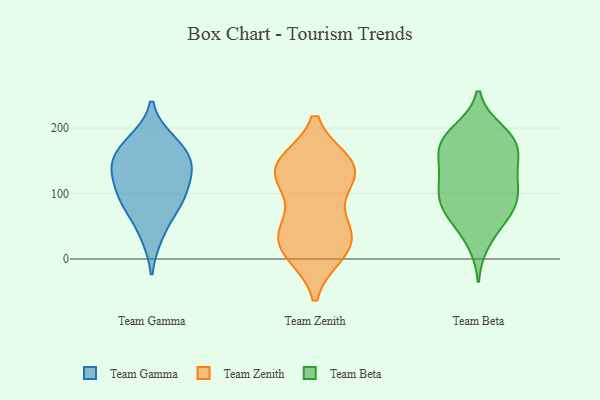
{"axis": {"x": "Operating Costs (USD K)", "y": "Value"}, "legend": ["Team Beta", "Team Gamma", "Team Zenith"], "data": [{"x": "", "y": 93, "type": "Team Gamma"}, {"x": "", "y": 133, "type": "Team Gamma"}, {"x": "", "y": 180, "type": "Team Gamma"}, {"x": "", "y": 37, "type": "Team Gamma"}, {"x": "", "y": 89, "type": "Team Gamma"}, {"x": "", "y": 172, "type": "Team Gamma"}, {"x": "", "y": 157, "type": "Team Gamma"}, {"x": "", "y": 83, "type": "Team Gamma"}, {"x": "", "y": 130, "type": "Team Gamma"}, {"x": "", "y": 139, "type": "Team Gamma"}, {"x": "", "y": 138, "type": "Team Zenith"}, {"x": "", "y": 46, "type": "Team Zenith"}, {"x": "", "y": 124, "type": "Team Zenith"}, {"x": "", "y": 10, "type": "Team Zenith"}, {"x": "", "y": 142, "type": "Team Zenith"}, {"x": "", "y": 13, "type": "Team Zenith"}, {"x": "", "y": 18, "type": "Team Zenith"}, {"x": "", "y": 145, "type": "Team Zenith"}, {"x": "", "y": 139, "type": "Team Zenith"}, {"x": "", "y": 52, "type": "Team Zenith"}, {"x": "", "y": 125, "type": "Team Zenith"}, {"x": "", "y": 40, "type": "Team Zenith"}, {"x": "", "y": 143, "type": "Team Beta"}, {"x": "", "y": 119, "type": "Team Beta"}, {"x": "", "y": 179, "type": "Team Beta"}, {"x": "", "y": 113, "type": "Team Beta"}, {"x": "", "y": 156, "type": "Team Beta"}, {"x": "", "y": 187, "type": "Team Beta"}, {"x": "", "y": 186, "type": "Team Beta"}, {"x": "", "y": 81, "type": "Team Beta"}, {"x": "", "y": 158, "type": "Team Beta"}, {"x": "", "y": 175, "type": "Team Beta"}, {"x": "", "y": 195, "type": "Team Beta"}, {"x": "", "y": 62, "type": "Team Beta"}, {"x": "", "y": 124, "type": "Team Beta"}, {"x": "", "y": 82, "type": "Team Beta"}, {"x": "", "y": 95, "type": "Team Beta"}, {"x": "", "y": 90, "type": "Team Beta"}, {"x": "", "y": 59, "type": "Team Beta"}, {"x": "", "y": 26, "type": "Team Beta"}]}